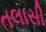
તલાસી